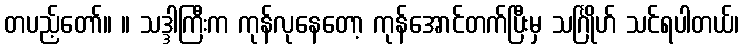
တပည့်တော်။ ။ သဒ္ဒါကြီးက ကုန်လုနေတော့ ကုန်အောင်တက်ပြီးမှ သင်္ဂြိုဟ် သင်ရပါတယ်၊